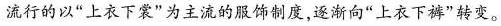
流行的以”上衣下裳”为主流的服饰制度，逐渐向”上衣下裤”转变。